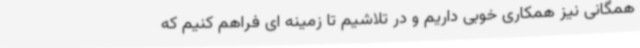
همگانی نیز همکاری خوبی داریم و در تلاشیم تا زمینه ای فراهم کنیم که